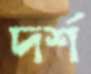
দর্শ